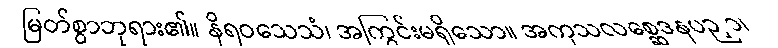
မြတ်စွာဘုရား၏။ နိရဝသေသံ၊ အကြွင်းမရှိသော။ အကုသလစ္ဆေဒနပဉှာ၊